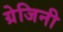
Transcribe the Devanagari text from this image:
ग्रेजिनी